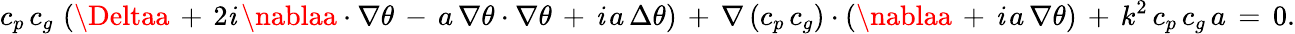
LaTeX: c_{p}\, c_{g}\, \left(\Deltaa\, +\, 2\mathit{i}\, \nablaa\cdot\nabla\theta\, -\, a\, \nabla\theta\cdot\nabla\theta\, +\, \mathit{i}\, a\, \Delta\theta\right)\, +\, \nabla\left(c_{p}\, c_{g}\right)\cdot\left(\nablaa\, +\, \mathit{i}\, a\, \nabla\theta\right)\, +\, k^{2}\, c_{p}\, c_{g}\, a\, =\, 0.